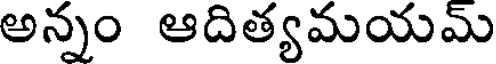
అన్నం ఆదిత్యమయమ్